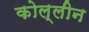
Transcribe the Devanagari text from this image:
कोल्लीन